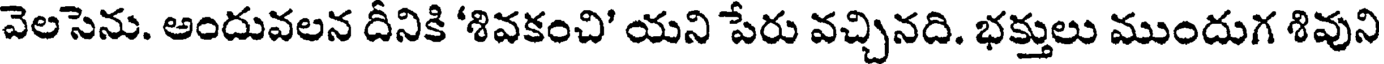
వెలసెను. అందువలన దీనికి 'శివకంచి' యని పేరు వచ్చినది. భక్తులు ముందుగ శివుని